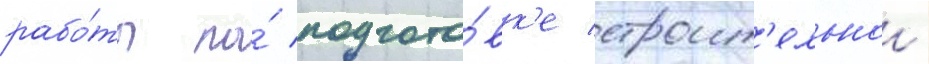
рабо́ты по́ подгото́вк'е строит'ельнои